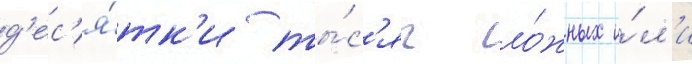
д'ес'я́тк'и ты́с'яч ло́жных и́л'и